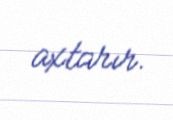
axtarır.